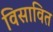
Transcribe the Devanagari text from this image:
विसावित